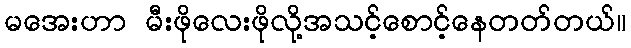
မအေးဟာ မီးဖိုလေးဖိုလို့အသင့်စောင့်နေတတ်တယ်။